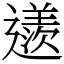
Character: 䢭